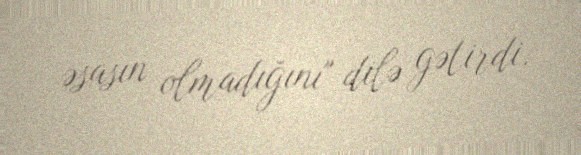
əsasın olmadığını" dilə gətirdi.